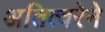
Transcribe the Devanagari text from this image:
अतित्वरेने